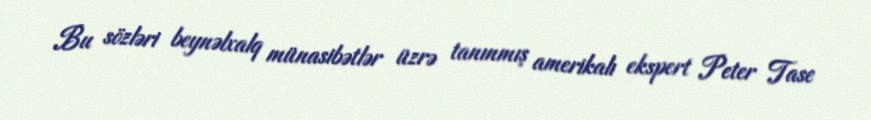
Bu sözləri beynəlxalq münasibətlər üzrə tanınmış amerikalı ekspert Peter Tase